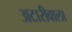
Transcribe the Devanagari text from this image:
अटारीवाला